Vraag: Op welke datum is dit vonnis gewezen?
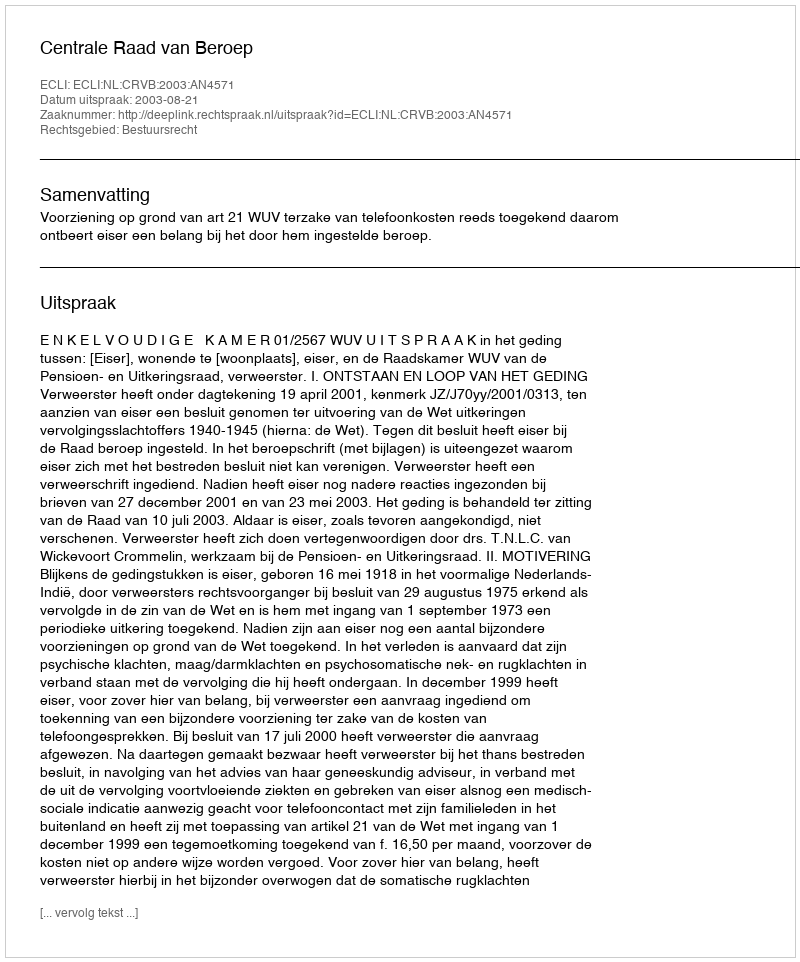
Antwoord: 2003-08-21